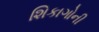
શિકાગોની